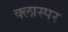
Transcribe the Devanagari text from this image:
क्लास्पर